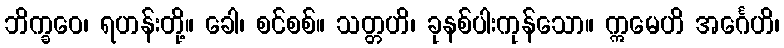
ဘိက္ခဝေ၊ ရဟန်းတို့။ ခေါ၊ စင်စစ်။ သတ္တဟိ၊ ခုနစ်ပါးကုန်သော။ ဣမေဟိ အင်္ဂေဟိ၊